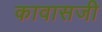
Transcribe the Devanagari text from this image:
कावासजी